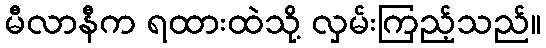
မီလာနီက ရထားထဲသို့ လှမ်းကြည့်သည်။